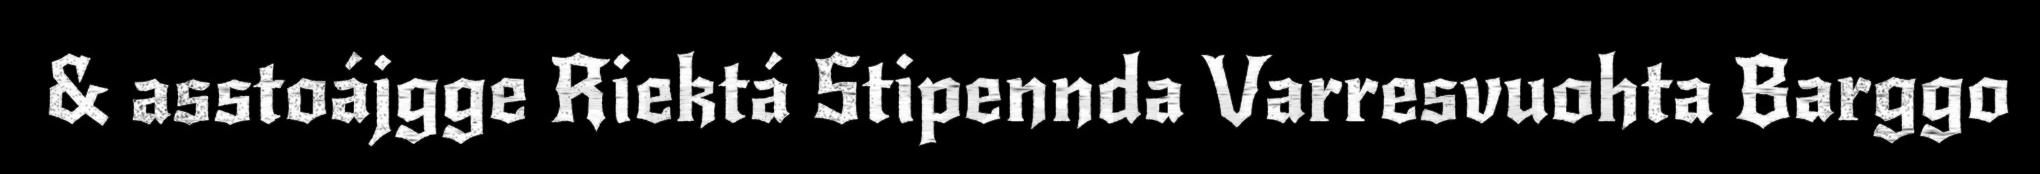
& asstoájgge Riektá Stipennda Varresvuohta Barggo